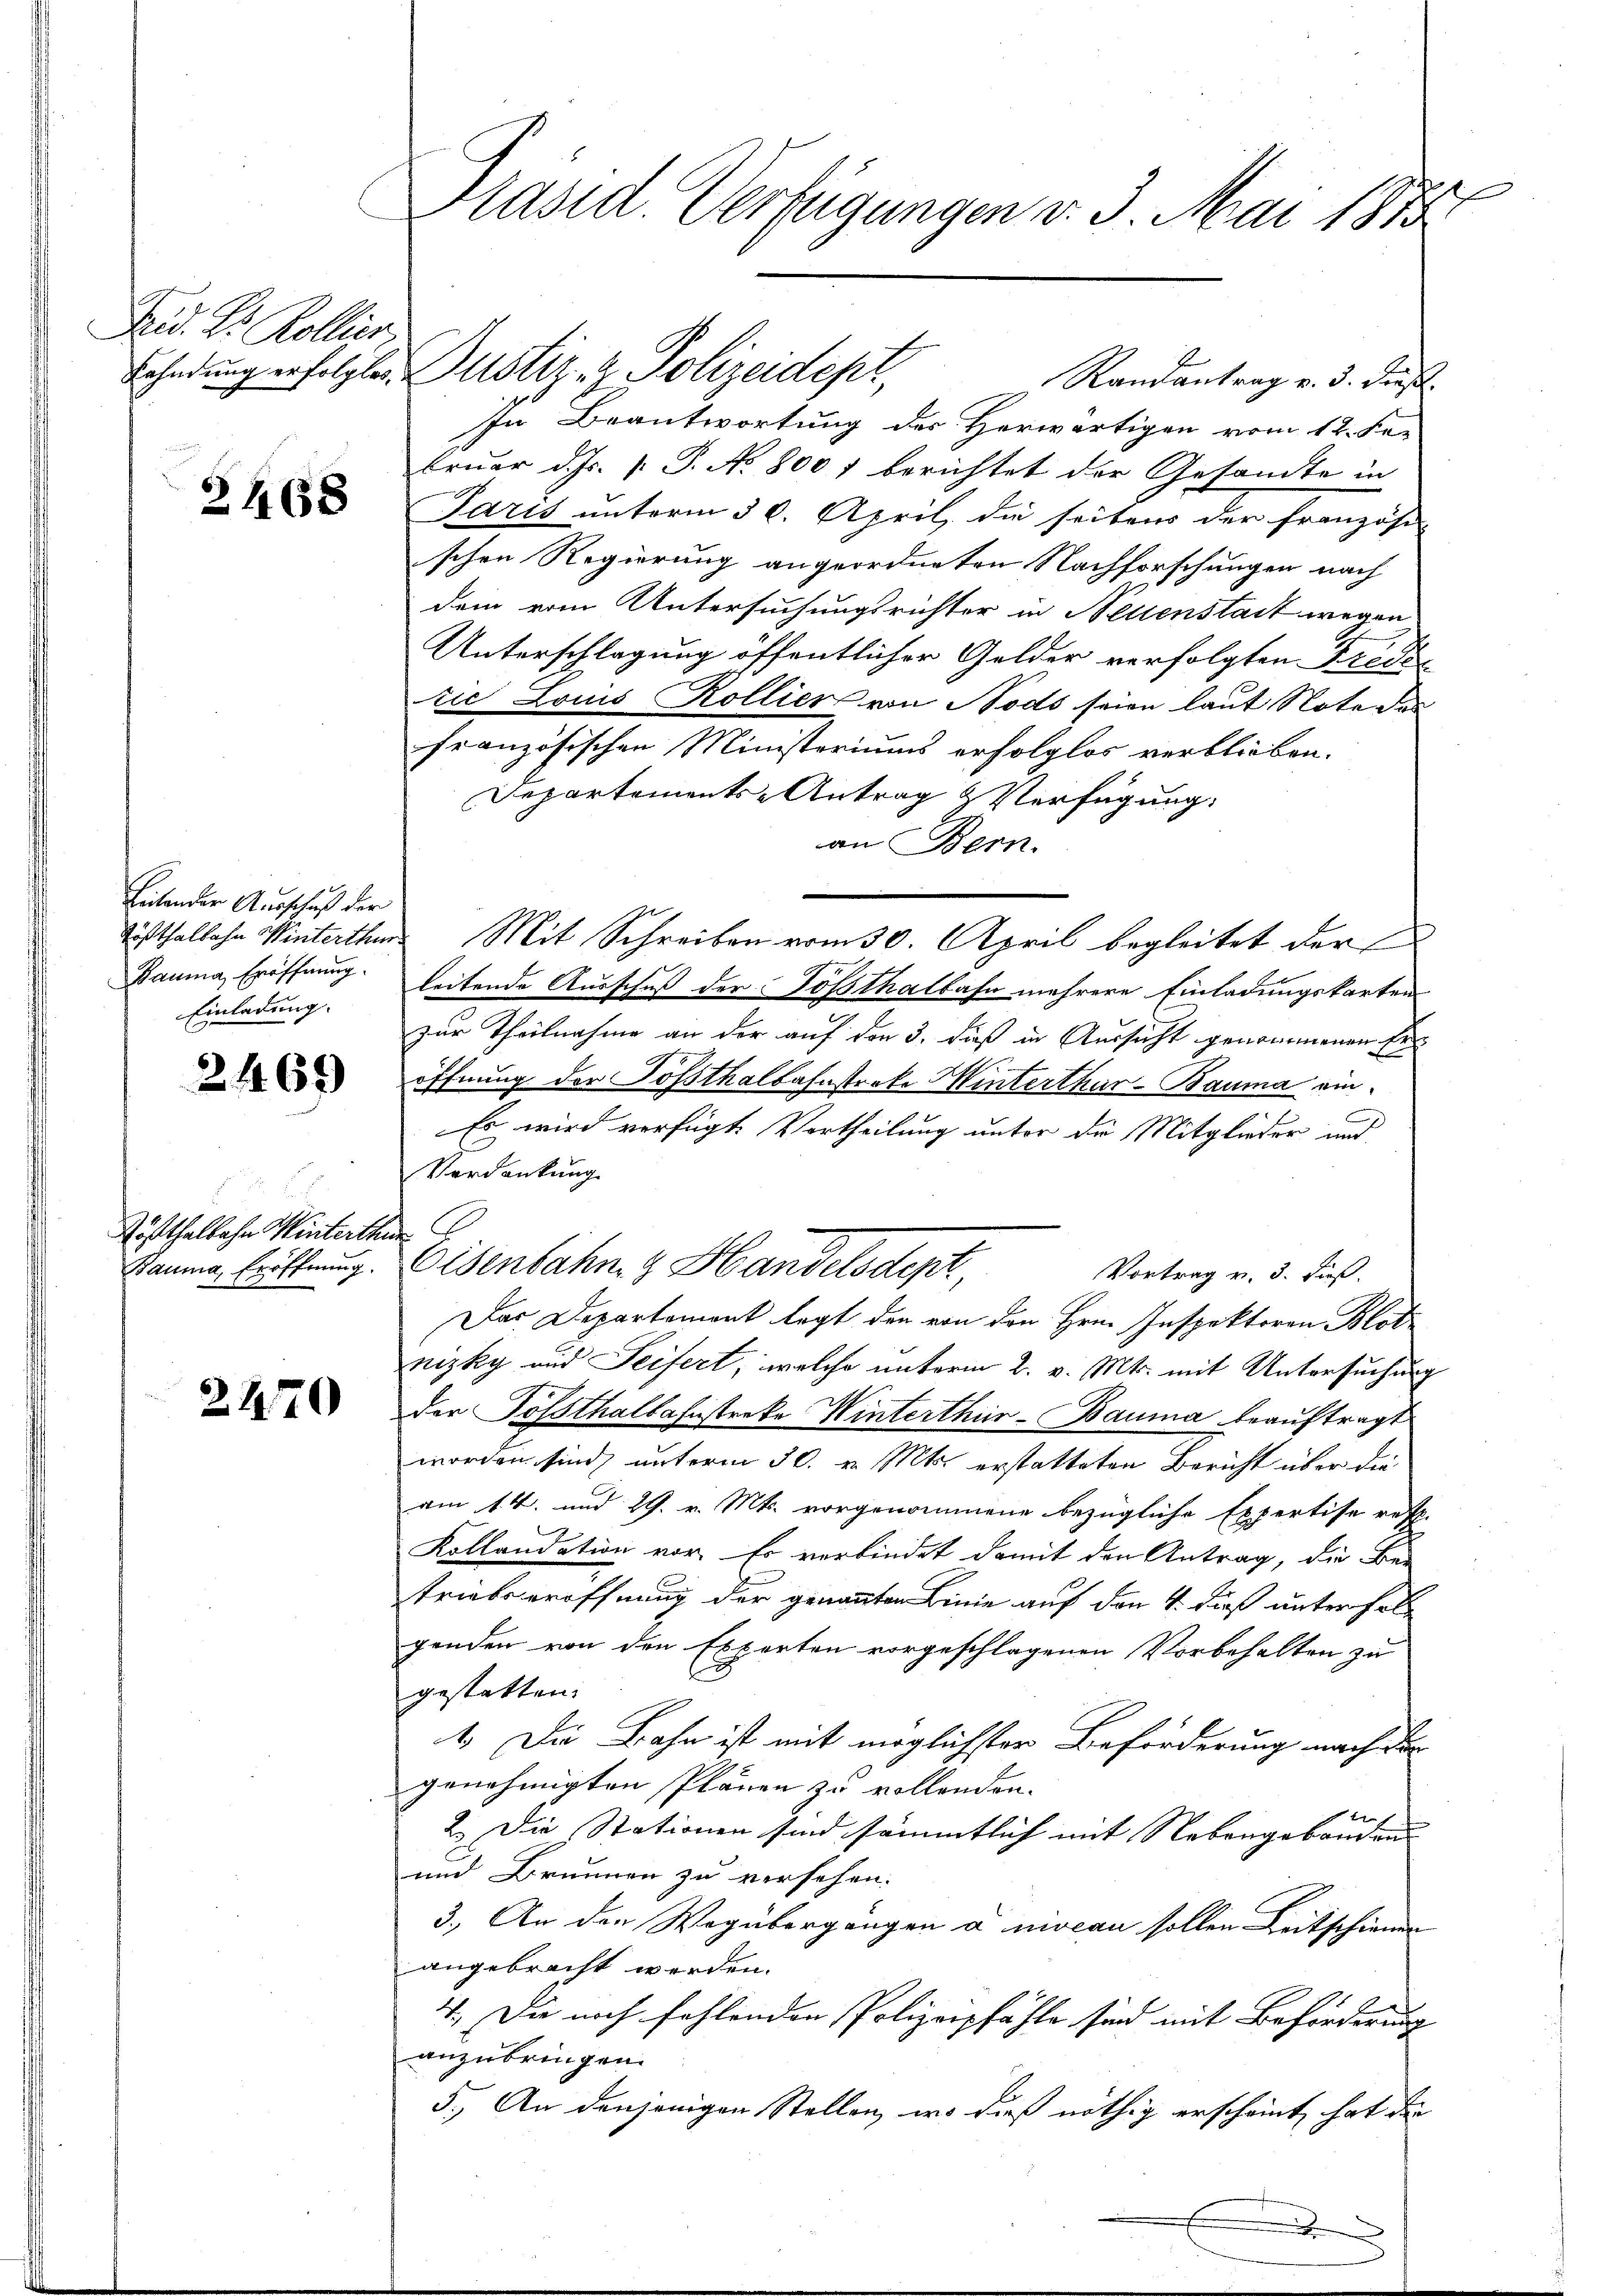
Brid. Dr. Kollier

2468

Bietender Ausschuß der
Einladung.

2469

Göstthalbahn Winterthu

2270

Präsid. Verfügungen v. 3. Mai 1873

In Beantwortung des Herwärtigen vom 12. Fer
bruar d. Js. s. S. No. 8001 berichtet der Gesandte in
Paris unterm 30. April, die seitens der Französis
schen Regierung angeordneten Nachforschungen nach
dem vom Untersuchungsrichter in Neuenstadt wegen
Unterschlagung öffentlicher Gelder verfolgten Fride
tić Louis Rollier von Nods seien laut Note das
französischen Ministeriums erfolglos verblieben.
Departements-Antrag & Verfügung
an Bern.
Tößthalbahn Winterthur Mit Schreiben vom 30. April begleitet der
Bauma, Eröffnung. Leitende Ausschuß der Posthalbahn mehrere Einladungskarten
zur Theilnahme an der auf den 3. dieß in Aussicht genommenen Eröffnung der Sossthalbahnstreke Winterthur–Bauma ein¬
Es wird verfügt. Vortheilung unter die Mitglieder und
Verdankung
Bauma, bitterung. Eisenbahn & Handelsdept,
Vortrag v. 3. Fuß.
Das Departement legt den von den Hrn. Inspektoren Blot
nizky und Seifert, welche unterm 2. v. Mts. mit Untersuchung
der Posthalbahnstreke Winterthur–Bauma beauftragt
worden sind, unterm 30. v. Mts. erstatteten Bericht über die
am 14. und 29. v. Mts. vorgenommene bezügliche Expertise resp.
Kollandation vor. Es verbindet damit den Antrag, die Be-
triebseröffnung der genannten Linie auf den 4. dieß unter foll
genden von den Experten vorgeschlagenen Vorbehalten zu
gestatten.
1. Die Bahn ist mit möglichster Beförderung nach der
genehmigten Plänen zu vollenden.
2.) Die Stationen sind sämmtlich mit Nebengebäuden- |
und Brunnen zu versehen.
3.) An den Wegübergängen a niocan sollen Zeitschienen
angebracht werden.
4.) Die noch fehlenden Polizeipfähle sind mit Beförderung
anzubringen.
5.) An denjenigen Stellen, wo dies nöthig erscheint, hat die
.

Fahndung erfolgte. Dustiz- & Polizeidept,

E

Randantrag v. 3. dieß.